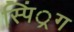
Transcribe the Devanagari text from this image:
स्पिं्रग